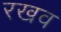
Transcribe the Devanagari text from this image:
रखव